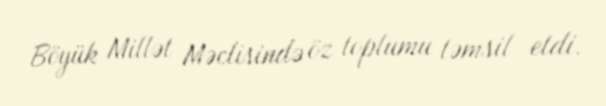
Böyük Millət Məclisində öz toplumu təmsil etdi.